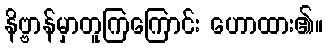
နိဗ္ဗာန်မှာတူကြကြောင်း ဟောထား၏။